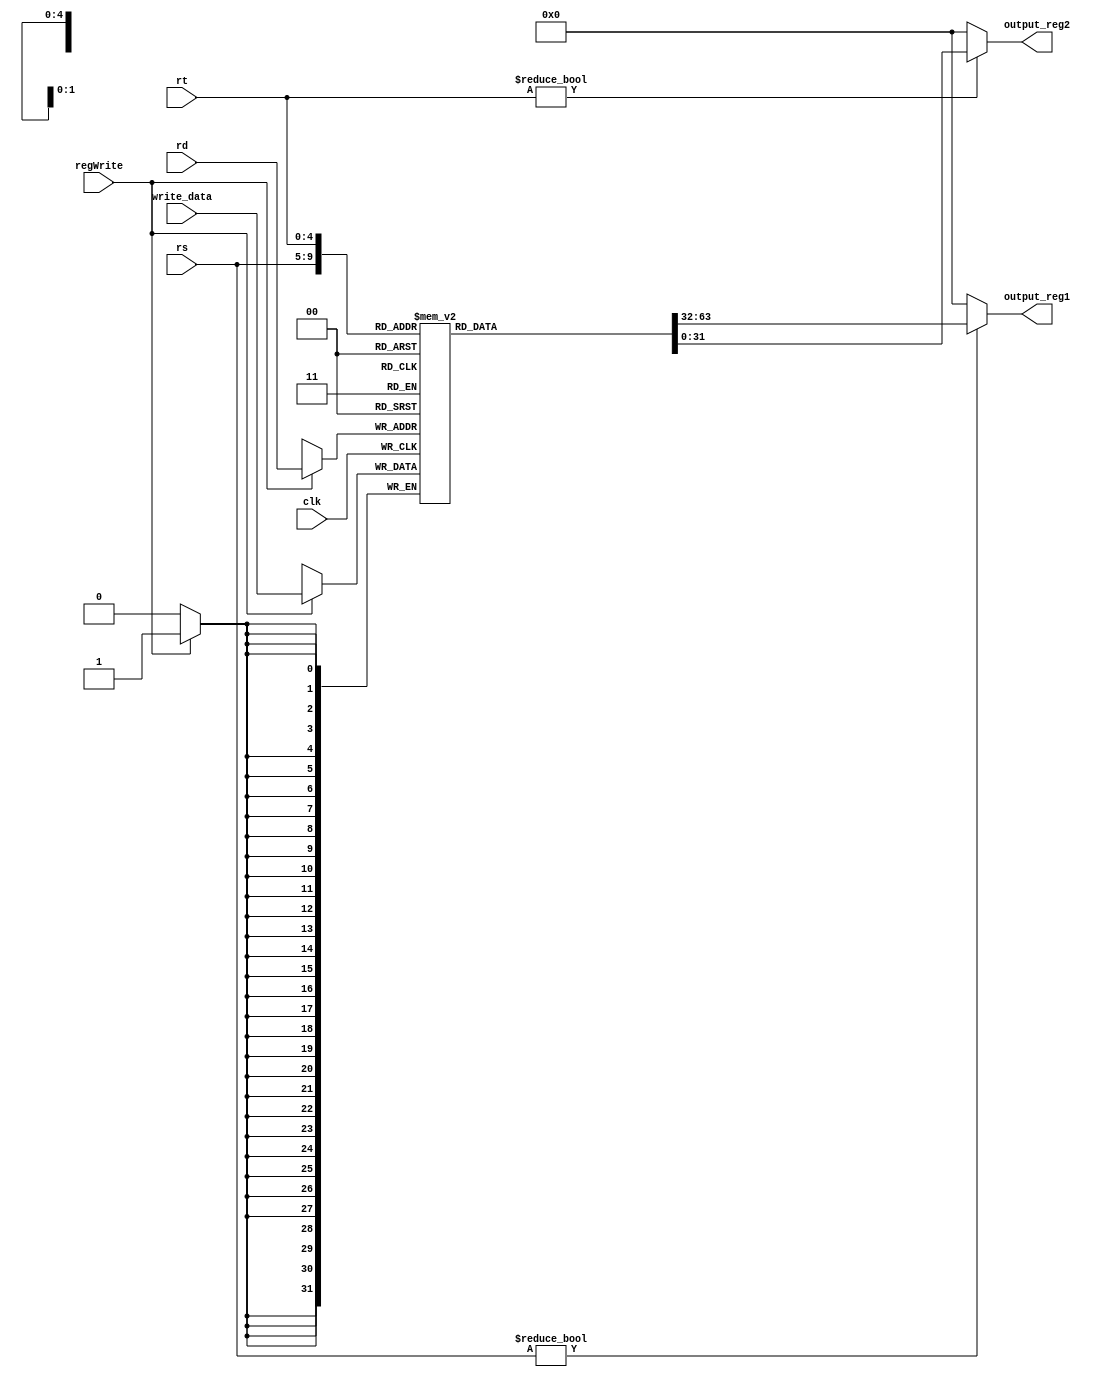
module register_memory(clk, regWrite, rs, rt, rd, write_data, output_reg1, output_reg2);

input clk;
input regWrite;
input[4:0] rs, rt, rd;
input[31:0] write_data;

output[31:0] output_reg1, output_reg2;

reg[31:0] reg_mem[31:0];

initial begin	// initialize register
reg_mem[0]=32'b0;
reg_mem[1]=32'b0;
reg_mem[2]=32'b0;
reg_mem[3]=32'b0;
reg_mem[4]=32'b0;
reg_mem[5]=32'b0;
reg_mem[6]=32'b0;
reg_mem[7]=32'b0;
reg_mem[8]=32'b0;
reg_mem[9]=32'b0;
reg_mem[10]=32'b0;
reg_mem[11]=32'b0;
reg_mem[12]=32'b0;
reg_mem[13]=32'b0;
reg_mem[14]=32'b0;
reg_mem[15]=32'b0;
reg_mem[16]=32'b0;
reg_mem[17]=32'b0;
reg_mem[18]=32'b0;
reg_mem[19]=32'b0;
reg_mem[20]=32'b0;
reg_mem[21]=32'b0;
reg_mem[22]=32'b0;
reg_mem[23]=32'b0;
reg_mem[24]=32'b0;
reg_mem[25]=32'b0;
reg_mem[26]=32'b0;
reg_mem[27]=32'b0;
reg_mem[28]=32'b0;
reg_mem[29]=32'b0;
reg_mem[30]=32'b0;
reg_mem[31]=32'b0;
end

always@(posedge clk) begin
	if(regWrite == 1'b1)	// for write register
		reg_mem[rd] = write_data;
end

assign output_reg1 = (rs!=0) ? reg_mem[rs] : 0;	// for read register
assign output_reg2 = (rt!=0) ? reg_mem[rt] : 0;

endmodule